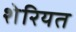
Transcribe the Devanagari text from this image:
शेरियत